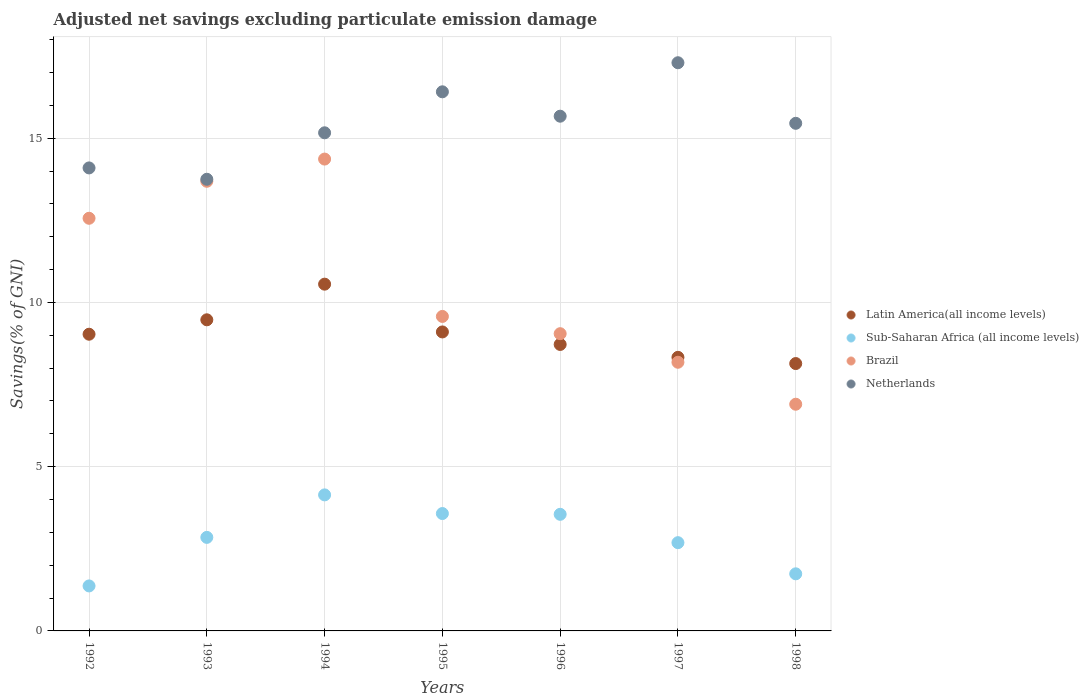
| Years | Latin America(all income levels) | Sub-Saharan Africa (all income levels) | Brazil | Netherlands |
 | --- | --- | --- | --- | --- |
 | 1992 | 9.03 | 1.37 | 12.6 | 14.1 |
 | 1993 | 9.47 | 2.85 | 13.7 | 13.7 |
 | 1994 | 10.6 | 4.14 | 14.4 | 15.2 |
 | 1995 | 9.1 | 3.57 | 9.57 | 16.4 |
 | 1996 | 8.72 | 3.55 | 9.05 | 15.7 |
 | 1997 | 8.33 | 2.69 | 8.18 | 17.3 |
 | 1998 | 8.14 | 1.74 | 6.9 | 15.5 |